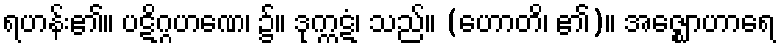
ရဟန်း၏။ ပဋိဂ္ဂဟဏေ၊ ၌။ ဒုက္ကဋံ၊ သည်။ (ဟောတိ၊ ၏)။ အဇ္ဈောဟာရေ